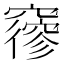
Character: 𥨡